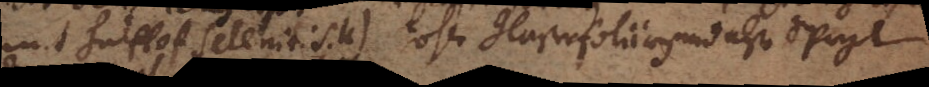
mit [_] Selenitis. u) ohne Glaser foliiren und also Spigl